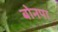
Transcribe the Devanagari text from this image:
बोनपा